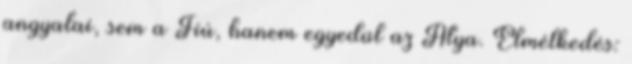
angyalai, sem a Fiú, hanem egyedül az Atya. Elmélkedés: